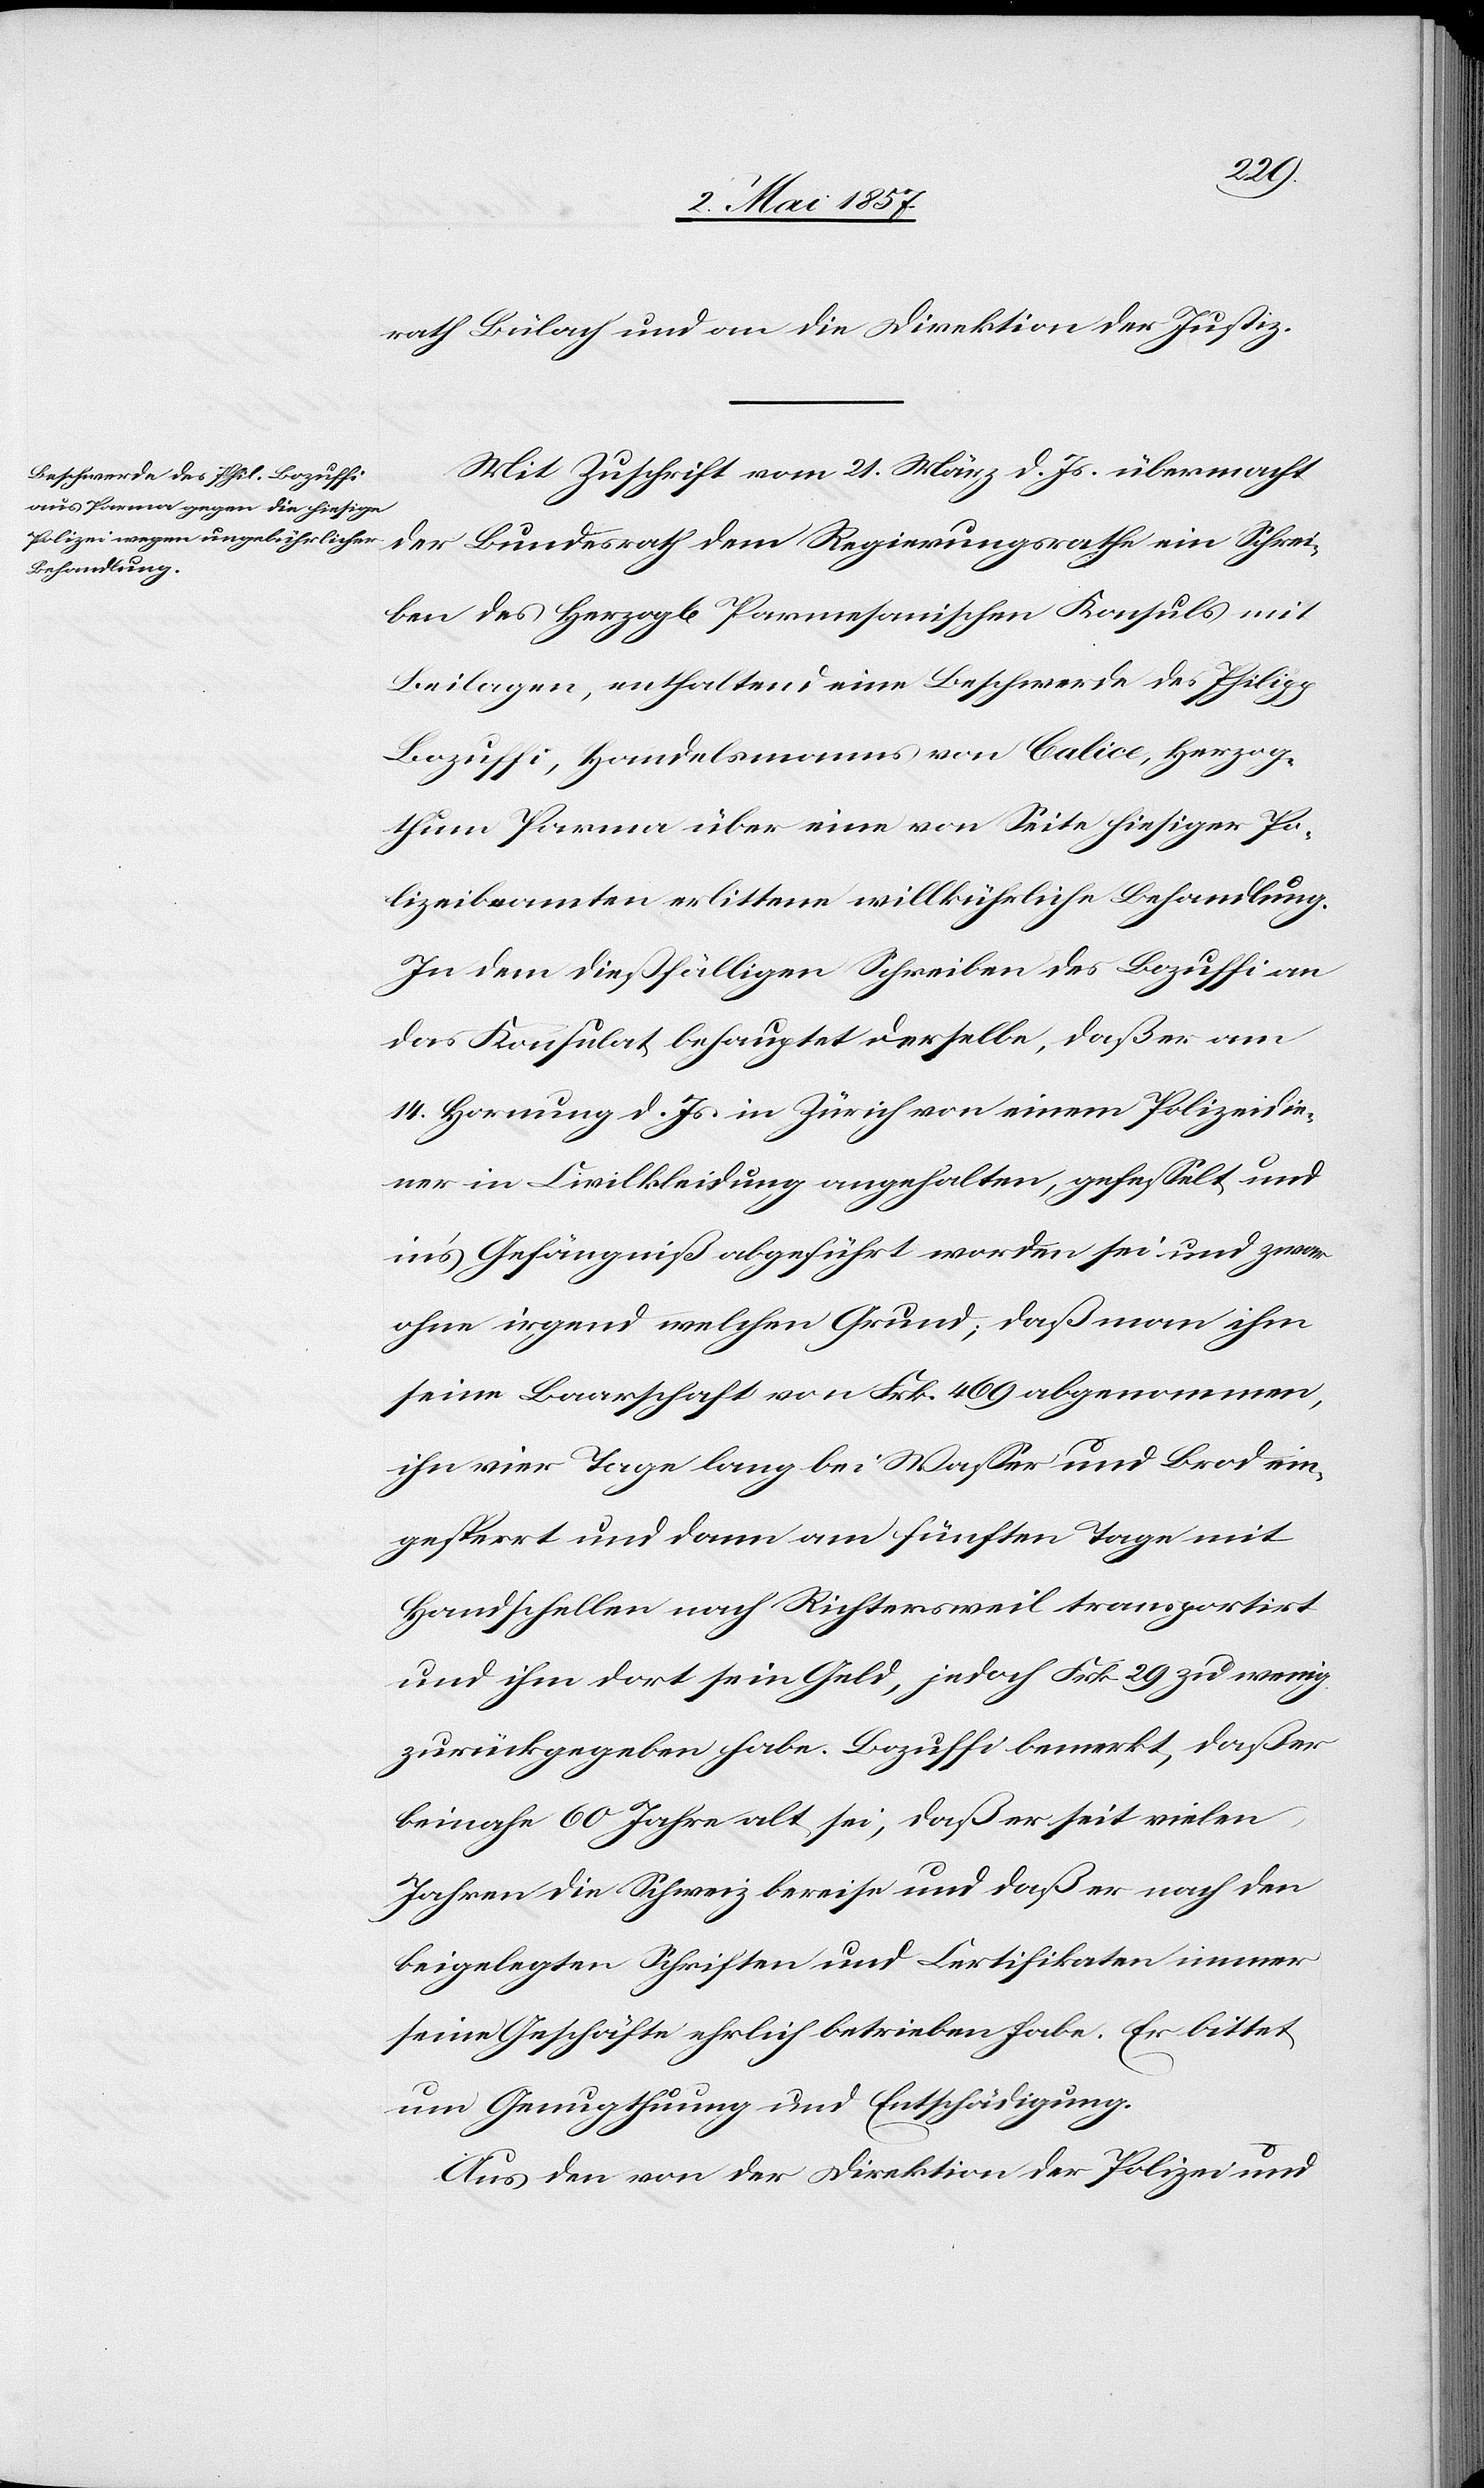
rath Bülach und an die Direktion der Justiz.
Mit Zuschrift vom 21 März d. Js. übermacht
der Bundesrath dem Regierungsrathe ein Schrei¬
ben des Herzogl. Parmesanischen Konsuls mit
Beilagen, enthaltend eine Beschwerde des Philipp
Bozuffi, Handelsmanns von Calice, Herzog¬
thum Parma über eine von Seite hiesiger Po¬
lizeibeamten erlittene willkührliche Behandlung.
In dem dießfälligen Schreiben des Bozuffi an
das Konsulat behauptet derselbe, daß er am
14 Hornung d. Js. in Zürich von einem Polizeidire¬
ktor in Civilkleidung angehalten, gefesselt und
in’s Gefängniß abgeführt worden sei und zwar
ohne irgend welchen Grund; daß man ihm
seine Baarschaft von Frk. 469 abgenommen,
ihn vier Tage lang bei Wasser und Brod ein¬
gesperrt und dann am fünften Tage mit
Handschellen nach Richtersweil transportirt
und ihm dort sein Geld, jedoch Frk. 29 zu wenig
zurückgegeben habe. Bozuffi bemerkt, daß er
beinahe 60 Jahre alt sei, daß er seit vielen
Jahren die Schweiz bereise und daß er nach den
beigelegten Schriften und Certifikaten immer
seine Geschäfte ehrlich betrieben habe. Er bittet
um Genugthuung und Entschädigung.
Aus den von der Direktion der Polizei und